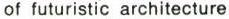
of futuristic architecture